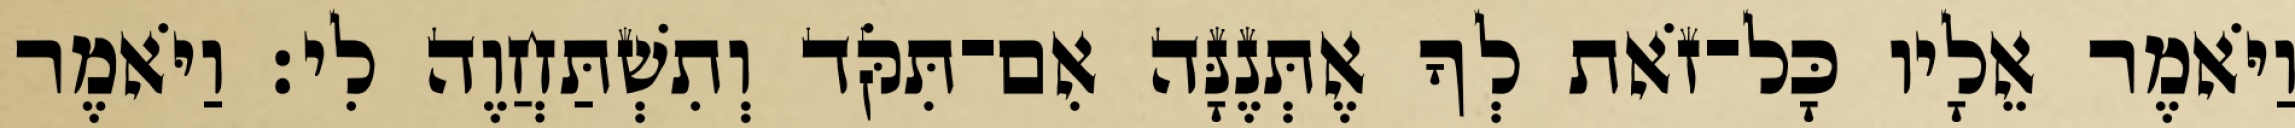
וַיֹּאמֶר אֵלָיו כָּל־זֹאת לְךָ אֶתְּנֶנָּה אִם־תִּקֹּד וְתִשְׁתַּחֲוֶה לִי׃ וַיֹּאמֶר